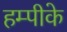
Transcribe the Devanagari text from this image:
हम्पीके